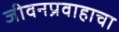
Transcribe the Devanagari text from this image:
जीवनप्रवाहाचा